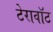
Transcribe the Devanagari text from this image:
टेरावॉट